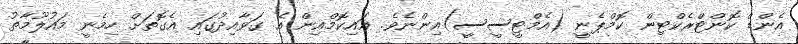
އެންޑް ކޮންޓްރެކްޓިން ކޮމްޕެނީ (އެމްޓީސީސީ)އިންނެވެ. އައިކޮމްއިން އެ ގަވާއިދުގައި އެގޮތަށް ހިމެނީ މައުލޫމާތު